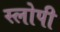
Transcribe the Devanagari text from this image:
स्लोपी